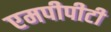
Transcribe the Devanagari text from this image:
एमपीपीटी